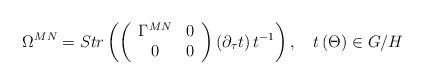
LaTeX: \begin{align*}\Omega ^{MN}=Str\left( \left( \begin{array}{cc}\Gamma ^{MN} & 0 \\ 0 & 0\end{array}\right) \left( \partial _\tau t\right) t^{-1}\right) ,\quad t\left( \Theta\right) \in G/H \end{align*}